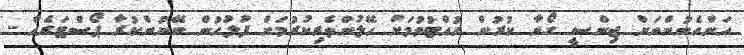
އަންހެނުންނަށް ޖިންސީ ގޯނާ ކުރުން ހުއްޓުވުމަށް ހޭލުންތެރިކުރުމަށް ފުލުހުން ބޭނުންކުރާ ޕޯސްޓަރެއް -